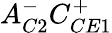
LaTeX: A_{C2}^{-}C_{CE1}^{+}